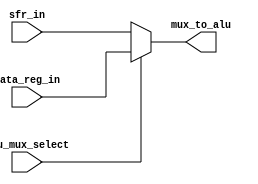
// This is part of the ECE241 final project
// This file contains the input mux for the ALU, the inpu can be either data register or SFR(Special Function Registers)

module cpu_alu_input_mux(data_reg_in, sfr_in, alu_mux_select, mux_to_alu);
    input [7:0]data_reg_in;
    input [7:0]sfr_in;
    input alu_mux_select;
    output [7:0]mux_to_alu;

    assign mux_to_alu = alu_mux_select ? data_reg_in : sfr_in;

endmodule